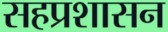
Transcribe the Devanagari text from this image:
सहप्रशासन